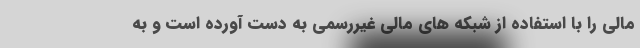
مالی را با استفاده از شبکه های مالی غیررسمی به دست آورده است و به